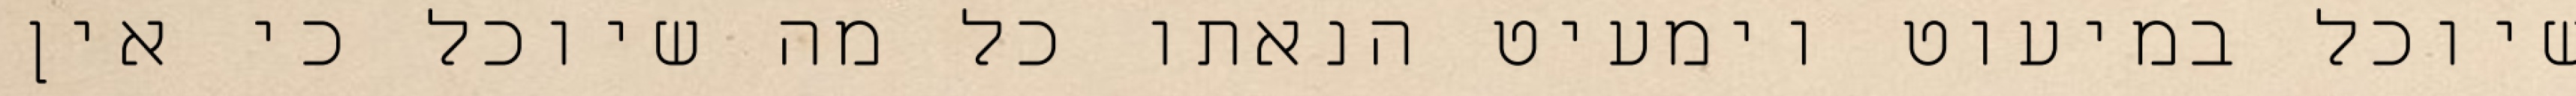
שיוכל במיעוט וימעיט הנאתו כל מה שיוכל כי אין